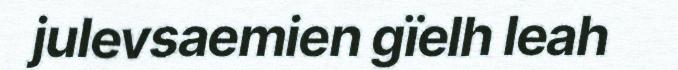
julevsaemien gïelh leah